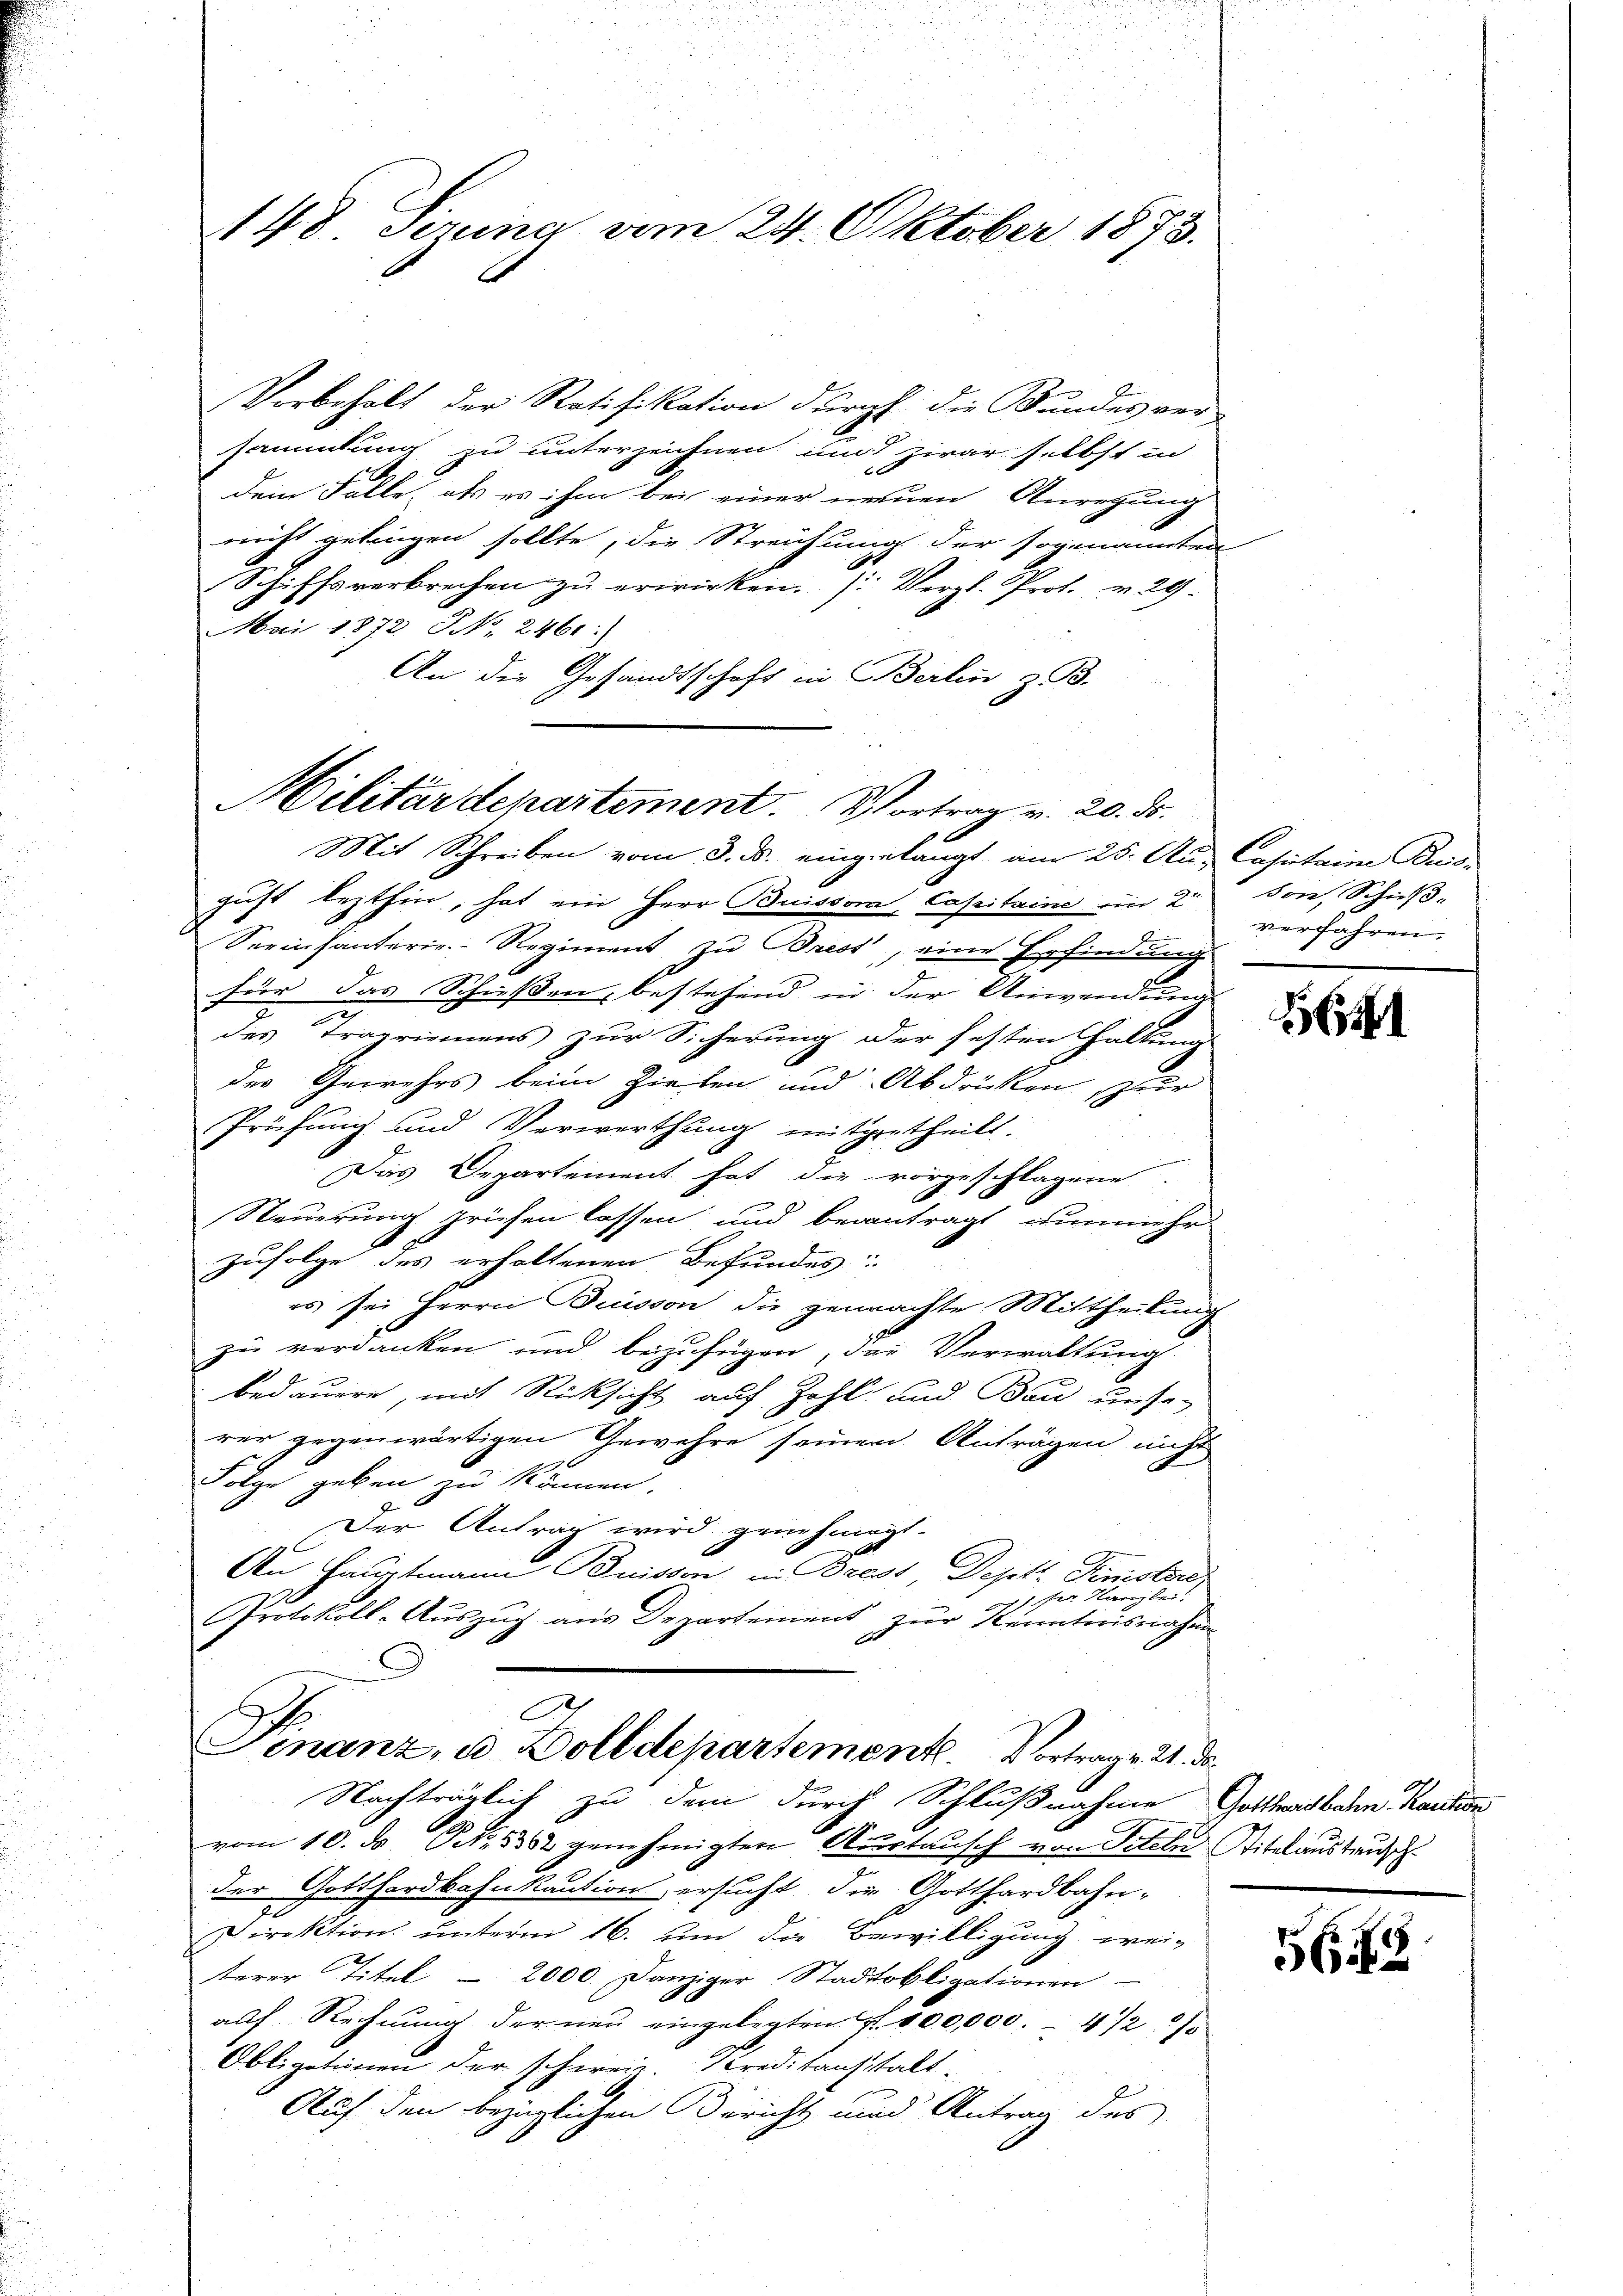
148. Ferung vom 24. Oktober 1873.

Vorbehalt der Ratifikation durchl. die Bundes ver-
sammlung zu unterzeichnen und zwar selbst in
dem Falle, als es ihm bei einer neuen Anregung
nicht gelingen sollte, die Streichung der sogenannten
Schiffsverbrechen zu erwirken. (Vergl. Prof. v. 29.
Mai 1872 NNo. 2460)
An die Gesandtschaft in Berlin z. 93.
Mit Schreiben vom 3. ds. einzielangt am 25. Au- Casitaine Buis-
gust lezthin, hat ein Herr Buissor Capitaine in 2 verfahren.
Seeinfanterie-Regiment zu rest, eine Erfindung
E
für das Schießen, bestehend in der Unwendung
des Tragriemens zur Sicherung der festen Haltung
der Gewehrs beim Zielen und Abdrücken zur
Prüfung und Verwerthung mitgetheilt.
5
Das Departement hat die vorgeschlagene
Steuerung priesen lassen und beantragt nunmehr
zufolge des erholtenen Befundes:
es sei Herrn Buisson die gemachte Mittheilung
zu verdanken und beizufügen, der Verwaltung
bedauern, mit Rücksicht auf Zahl und Bau unser
rer gegenwärtigen Gewehre seinen Anträgen nicht
Folge geben zu können.
Der Antrag wird genehmigt.
Au, Hauptmann Buissen in Brest Dept. Finstore,
1 her Kanzlei!
Protokoll-Aŭszŭg ans Departement zur Kenntnisnahme
1
A
Finanz, u. Dolldepartement. Vortrag v. 21. da
Nachträglich zu dem durch Schlußnahme Gotthardbahn Kaution
vom 10. d. S. 5852 genehmigten Auertausch von Titel Titelaustru
der Gotthardbahnkaution ersucht, die Gotthardbahn-
Direktion unterm 16. um die Bewilligung, weiterer Titel - 2000 Danziger Stadtobligationen
auf Rechnung der neu eingelegten S. 100,000.- 4 1/2 %
Obligationen der schweiz. Kreditanstalt-
s
Auf den bezüglichen Bericht und Antrag des

Militärdepartement. Vortrag v. 20. ds.

son, Schrif¬

84

165